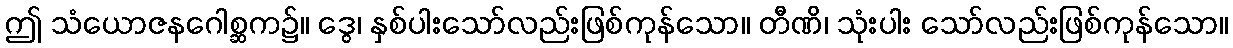
ဤ သံယောဇနဂေါစ္ဆက၌။ ဒွေ၊ နှစ်ပါးသော်လည်းဖြစ်ကုန်သော။ တီဏိ၊ သုံးပါး သော်လည်းဖြစ်ကုန်သော။